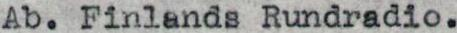
Ab. Finlands Rundradio.